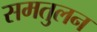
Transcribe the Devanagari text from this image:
समतुलन